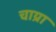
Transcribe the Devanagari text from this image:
चाय्रा